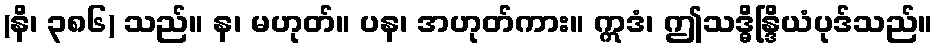
(နိ၊ ၃၈၆) သည်။ န၊ မဟုတ်။ ပန၊ အဟုတ်ကား။ ဣဒံ၊ ဤသဒ္ဓိန္ဒြိယံပုဒ်သည်။